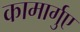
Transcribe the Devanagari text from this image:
कामार्गुए